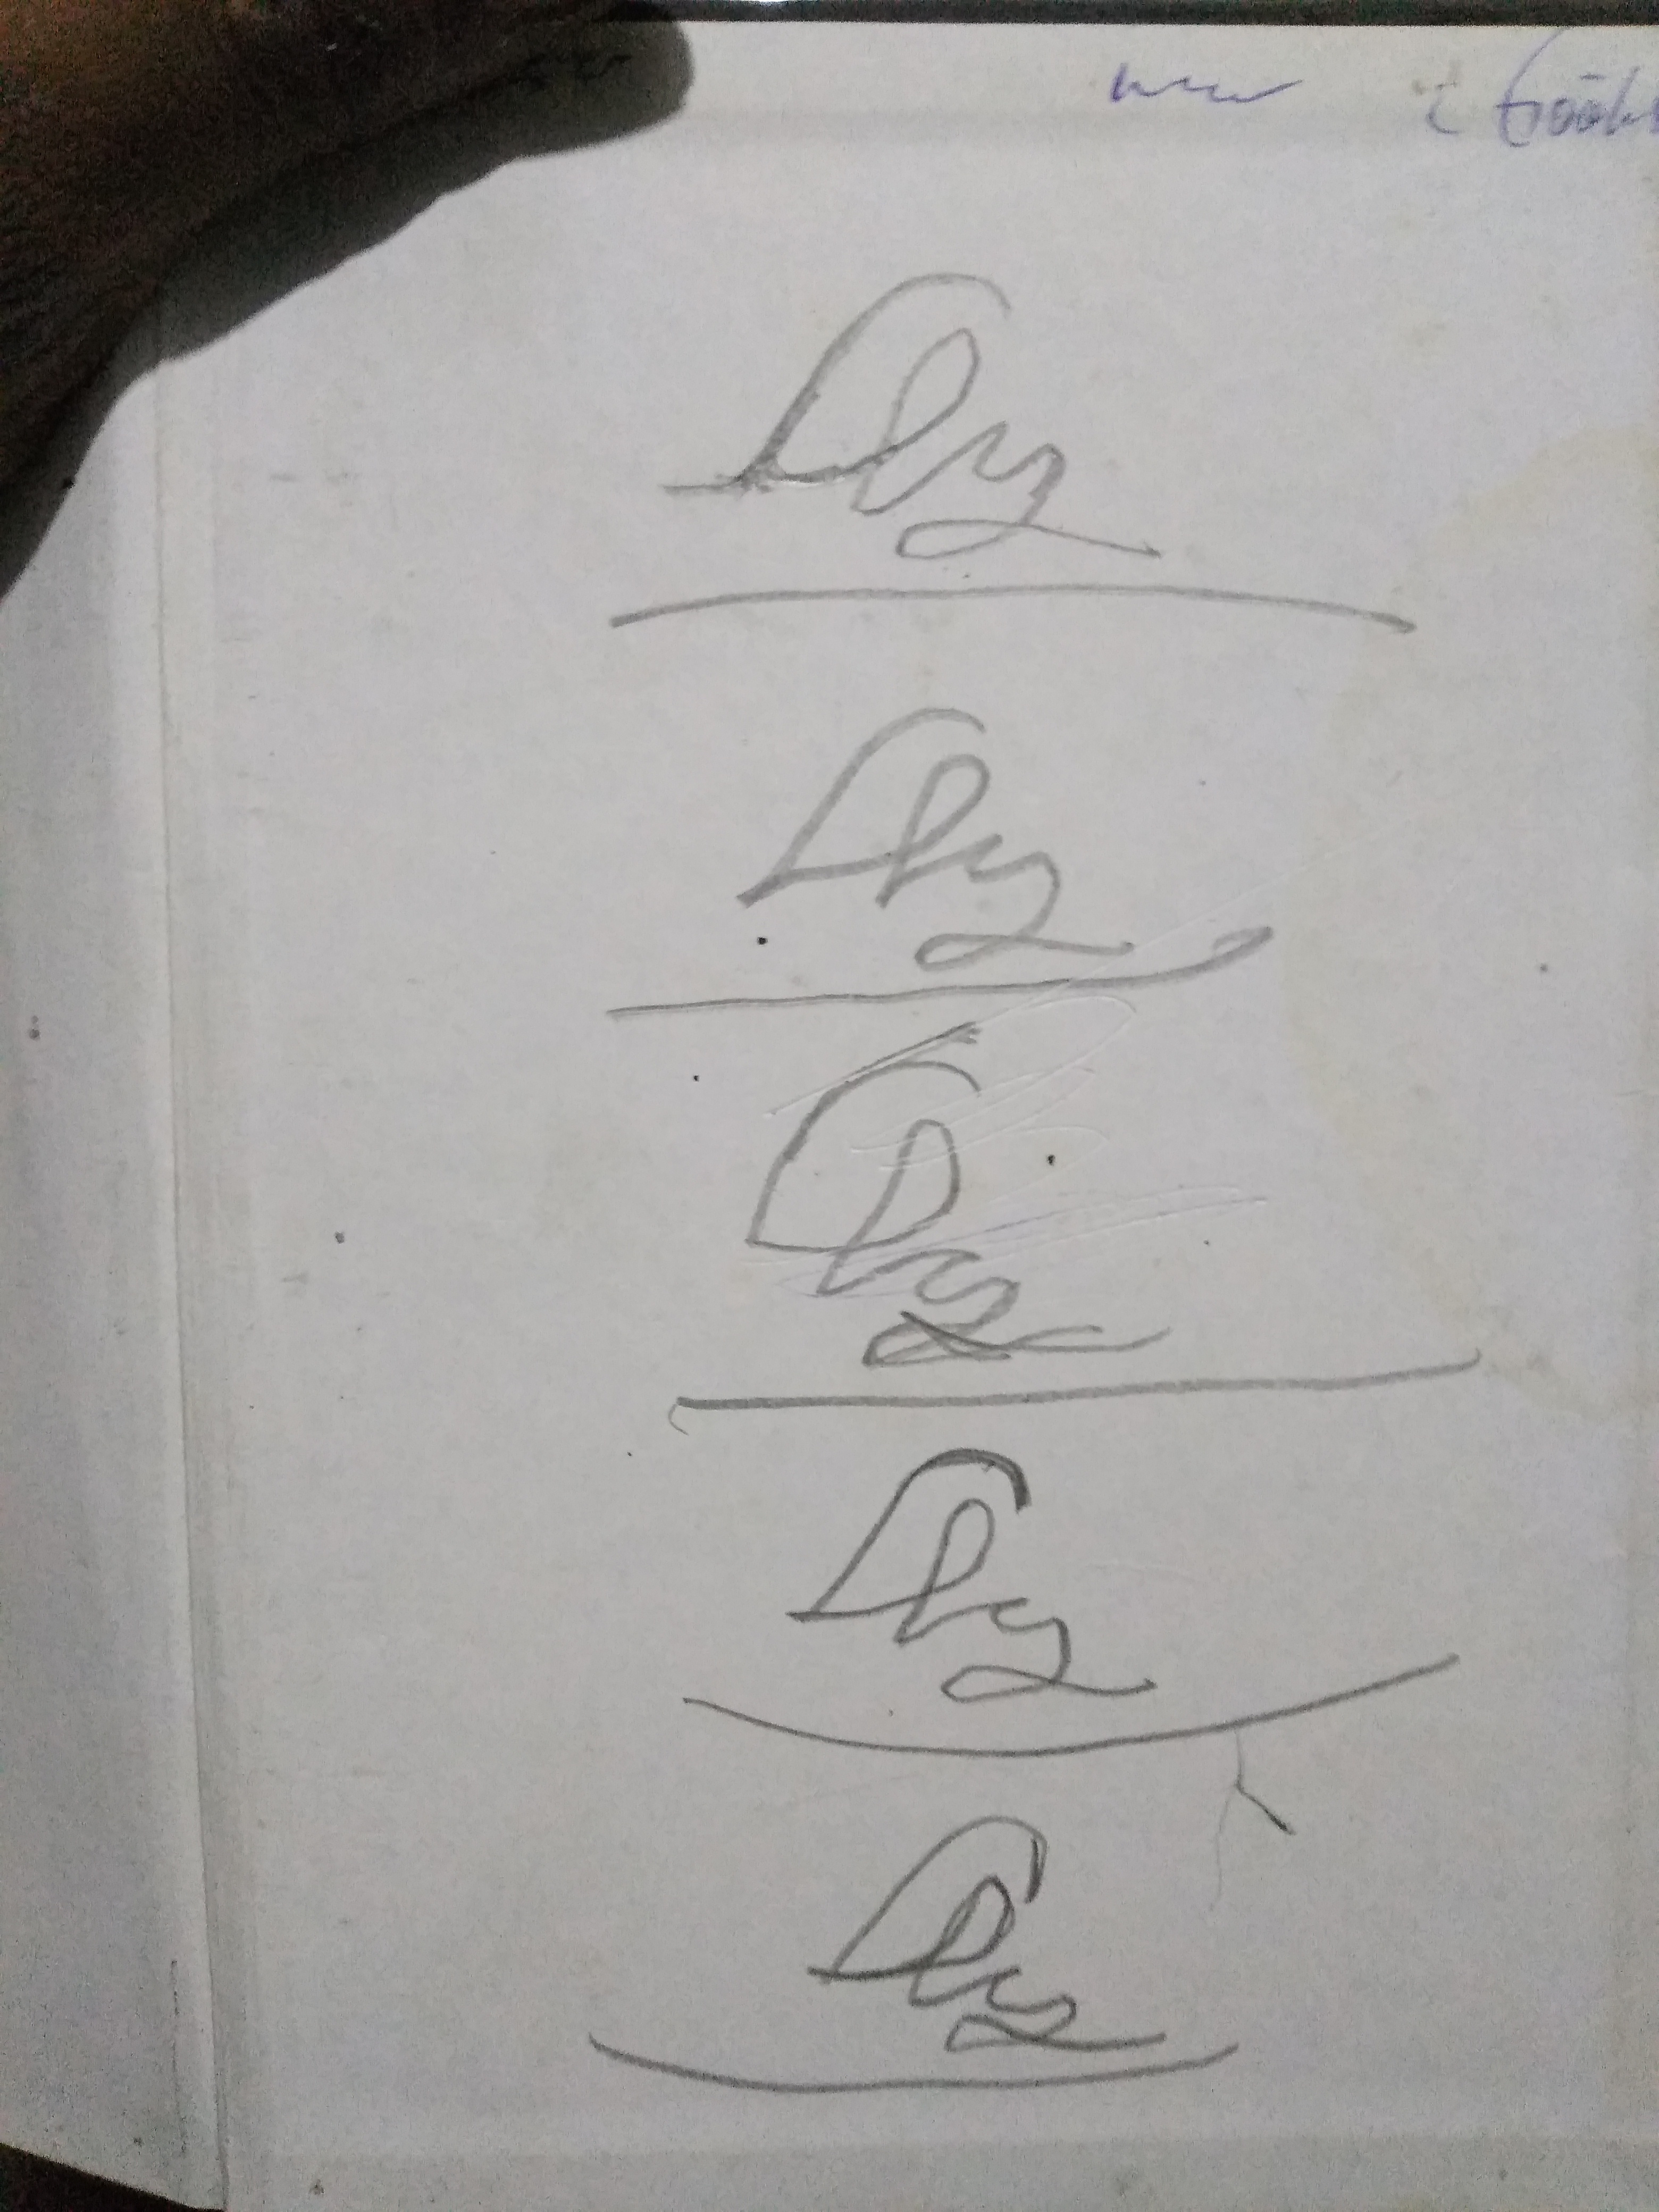
Signature authenticity: forged